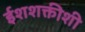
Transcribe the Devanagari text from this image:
ईशशक्तीशी